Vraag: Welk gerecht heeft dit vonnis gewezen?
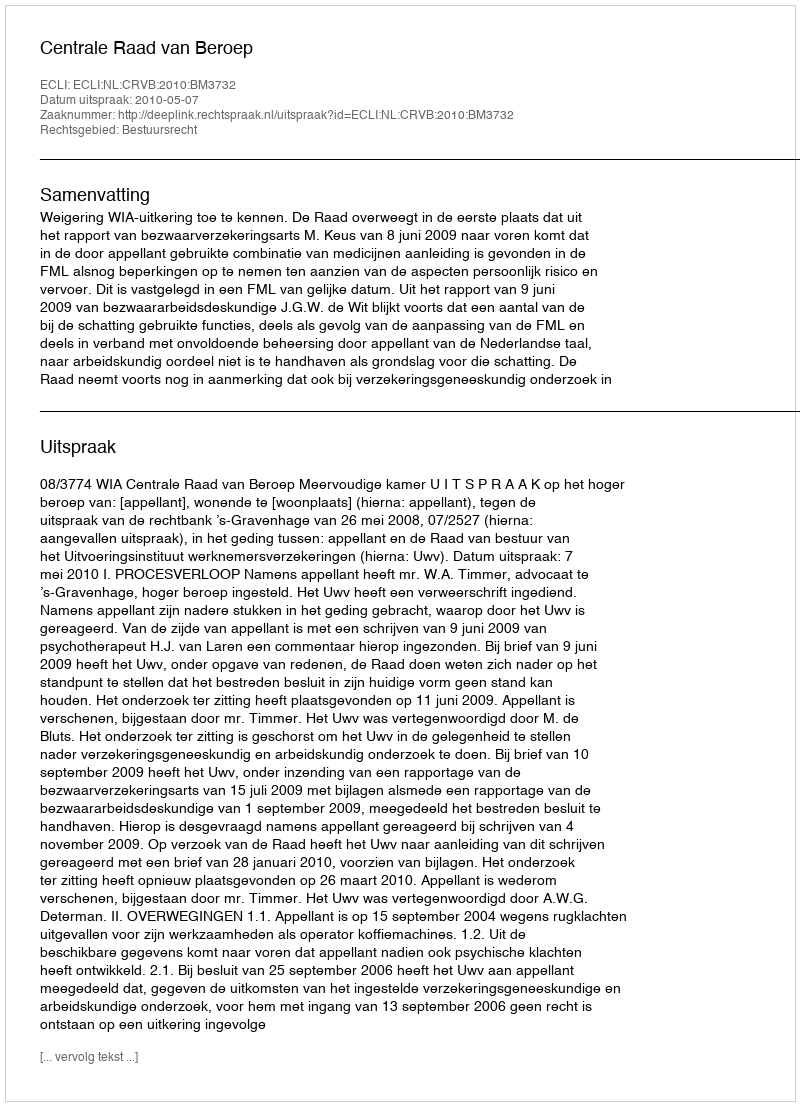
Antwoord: Centrale Raad van Beroep